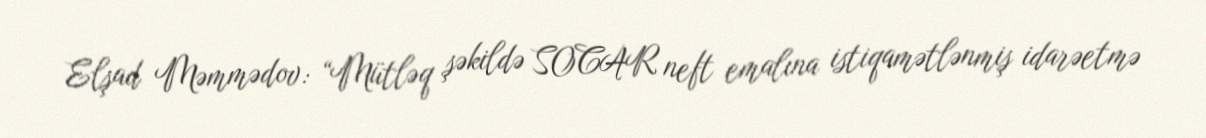
Elşad Məmmədov: “Mütləq şəkildə SOCAR neft emalına istiqamətlənmiş idarəetmə